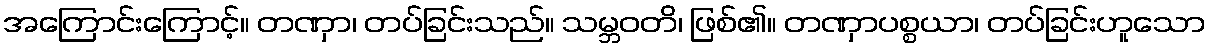
အကြောင်းကြောင့်။ တဏှာ၊ တပ်ခြင်းသည်။ သမ္ဘဝတိ၊ ဖြစ်၏။ တဏှာပစ္စယာ၊ တပ်ခြင်းဟူသော